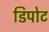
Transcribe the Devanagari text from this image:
डिपोट